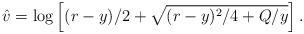
LaTeX: \begin{align*}\hat{v} = \log\left[(r-y)/2 + \sqrt{(r-y)^2/4 + Q/y}\right].\end{align*}